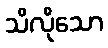
သိလိုသော